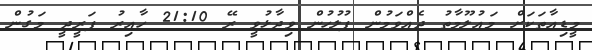
މީޑިއާތަކަށް މައުލޫމާތު ދެއްވަމުން ފުލުހުން ވިދާޅުވީ ރޭ 21:10 ހާއިރު ފަރީދީ މަގުން